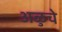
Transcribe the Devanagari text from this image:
अळुचे